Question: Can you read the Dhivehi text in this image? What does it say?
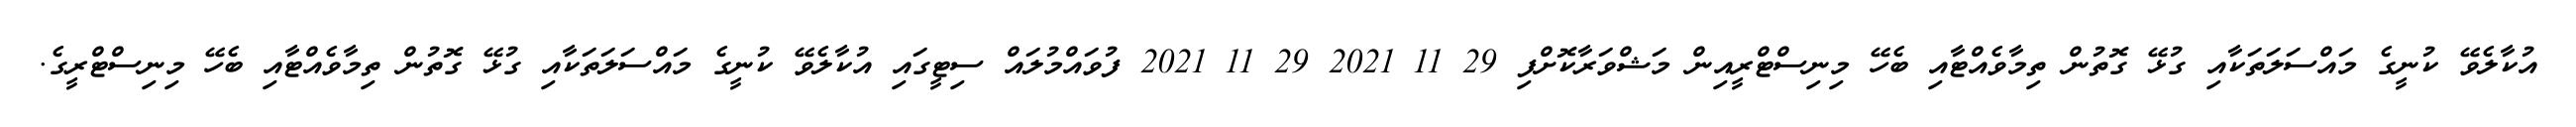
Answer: އުކާލެވޭ ކުނީގެ މައްސަލަތަކާއި ގުޅޭ ގޮތުން ތިމާވެއްޓާއި ބެހޭ މިނިސްޓްރީއިން މަޝްވަރާކޮށްފި 29 11 2021 29 11 2021 ފުވައްމުލައް ސިޓީގައި އުކާލެވޭ ކުނީގެ މައްސަލަތަކާއި ގުޅޭ ގޮތުން ތިމާވެއްޓާއި ބެހޭ މިނިސްޓްރީގެ.